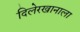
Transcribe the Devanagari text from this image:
दिलेरखानाला